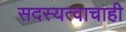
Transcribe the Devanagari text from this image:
सदस्यत्वाचाही